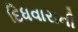
દિધવારાની